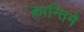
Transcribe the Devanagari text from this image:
क्रान्तिमे